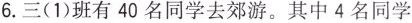
6.三(1)班有40名同学去郊游。其中4名同学